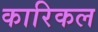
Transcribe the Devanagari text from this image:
कारिकल